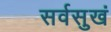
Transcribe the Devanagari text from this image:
सर्वसुखं